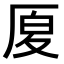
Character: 𠩴